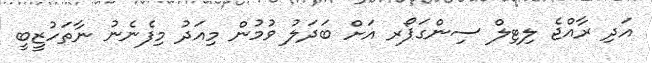
އަދި ރާއްޖެ ލިޓިލް ސިންގަޕޯރ އަށް ބަދަލު ވުމުން މިއަދު މިފެނެނު ނާތަހުޒީބީ